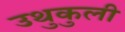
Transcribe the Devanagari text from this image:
उथुकुली